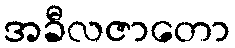
အခီလဇာတော